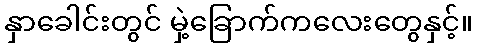
နှာခေါင်းတွင် မှဲ့ခြောက်ကလေးတွေနှင့်။